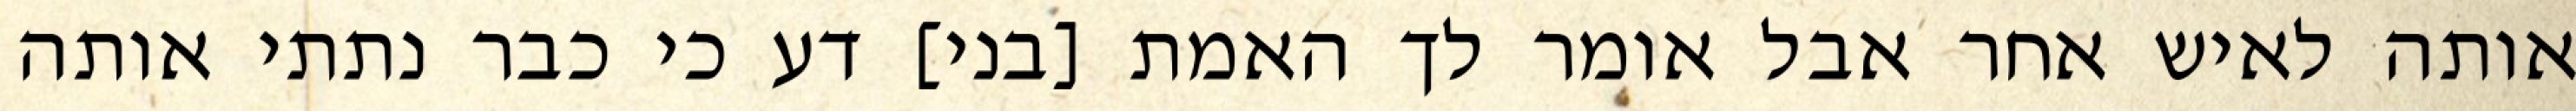
אותה לאיש אחר אבל אומר לך האמת [בני] דע כי כבר נתתי אותה